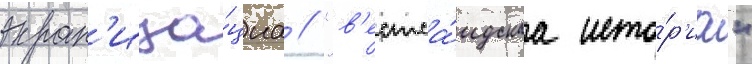
экран'иза́циа // "в'естса́идскаа исто́р'иа"